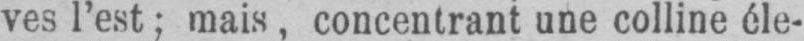
ves l’est; mais, concentrant une colline éle-